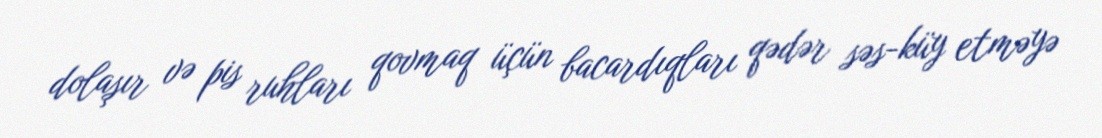
dolaşır və pis ruhları qovmaq üçün bacardıqları qədər səs-küy etməyə